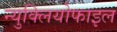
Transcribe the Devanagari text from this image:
न्युक्लियोफाइल